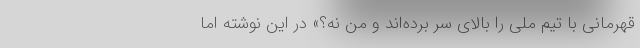
قهرمانی با تیم ملی را بالای سر برده‌اند و من نه؟» در این نوشته اما